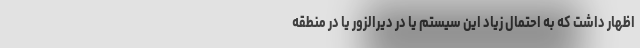
اظهار داشت که به احتمال زیاد این سیستم یا در دیرالزور یا در منطقه